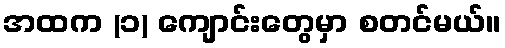
အထက (၁) ကျောင်းတွေမှာ စတင်မယ်။